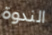
الندوة